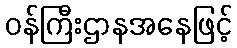
ဝန်ကြီးဌာနအနေဖြင့်